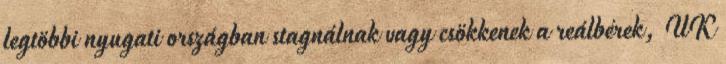
legtöbbi nyugati országban stagnálnak vagy csökkenek a reálbérek, UK